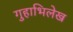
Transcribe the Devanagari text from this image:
गुहाभिलेख